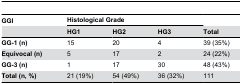
| GGI | <COLSPAN=3> Histological Grade |  |
 |  | HG1 | HG2 | HG3 | Total |
 | --- | --- | --- | --- | --- |
 | GG-1 (n) | 15 | 20 | 4 | 39 (35%) |
 | Equivocal (n) | 5 | 17 | 2 | 24 (22%) |
 | GG-3 (n) | 1 | 17 | 30 | 48 (43%) |
 | Total (n, %) | 21 (19%) | 54 (49%) | 36 (32%) | 111 |